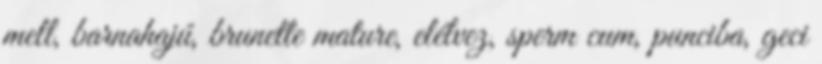
mell, barnahajú, brunette mature, elélvez, sperm cum, punciba, geci